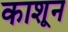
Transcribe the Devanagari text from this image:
काशून